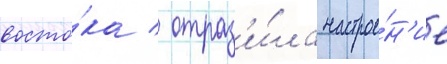
восто́ка / отраз'и́ла настрое́н'ие